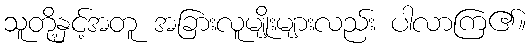
သူတို့နှင့်အတူ အခြားလူမျိုးများလည်း ပါလာကြ၏။